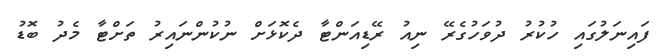
ފައިނަލުގައި ހުކުރު ދުވަހުގެރޭ ނިއު ރޭޑިއަންޓާ ދެކޮޅަށް ނުކުންނައިރު ތަށްޓާ މެދު ބޮޑު